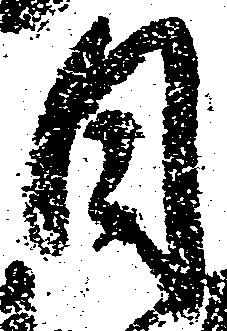
日